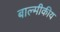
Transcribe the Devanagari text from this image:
बाल्मीकीय